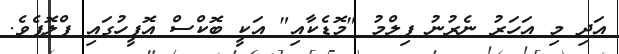
އަދި މި އަހަރު ނެރުނު ފިލްމު "މޮޑެކާއި" އަކީ ބޮކްސް އޮފީހުގައި ފްލޮޕެވެ.